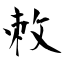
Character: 敇